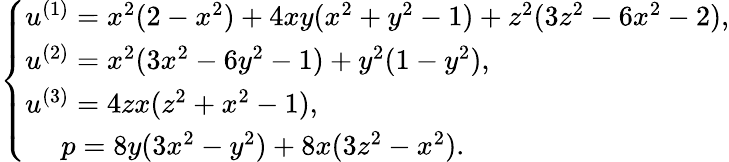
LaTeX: \left\{ \begin{array}{ll}{u^{(1)}=x^{2}(2-x^{2})+4xy(x^{2}+y^{2}-1)+z^{2}(3z^{2}-6x^{2}-2),}\\ {u^{(2)}=x^{2}(3x^{2}-6y^{2}-1)+y^{2}(1-y^{2}),}\\ {u^{(3)}=4zx(z^{2}+x^{2}-1),}\\ {\; \quad p=8y(3x^{2}-y^{2})+8x(3z^{2}-x^{2}).}\end{array}\right.